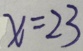
x = 2 3